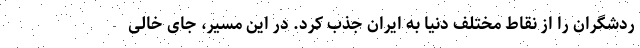
ردشگران را از نقاط مختلف دنیا به ایران جذب کرد. در این مسیر، جای خالی